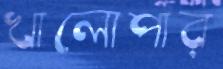
খালোপার